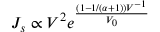
J _ { s } \propto V ^ { 2 } e ^ { \frac { ( 1 - 1 / ( \alpha + 1 ) ) V ^ { - 1 } } { V _ { 0 } } }